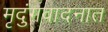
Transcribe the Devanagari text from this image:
मृदुंगवादनात